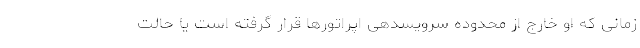
زمانی که او خارج از محدوده سرویسدهی اپراتورها قرار گرفته است یا حالت